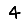
Digit: 4